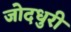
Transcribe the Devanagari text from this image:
जोदधुरी